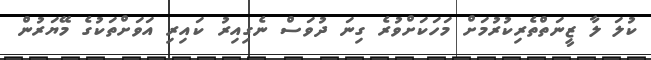
ކުލަ ލާ ޒީނަތްތެރިކުރުމަށް މަހަކަށްވުރެ ގިނަ ދުވަސް ނެގިއިރު ކައިރި އަވަށްތަކުގެ މޭޔަރުން